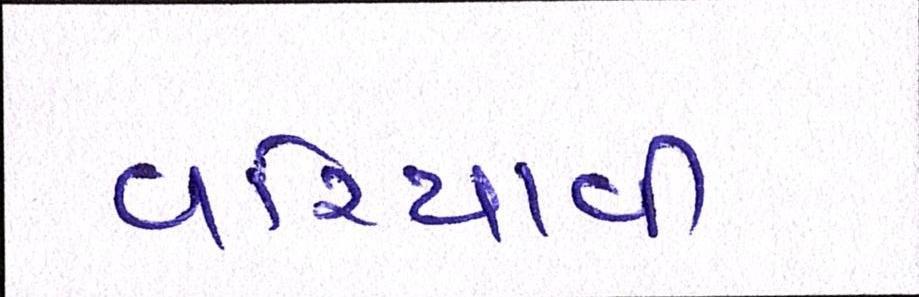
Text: વરિયાવી